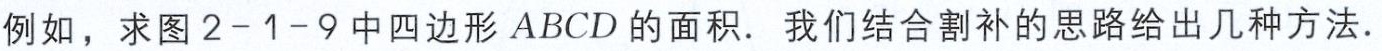
例如，求图 2-1-9 中四边形 \(ABCD\) 的面积．我们结合割补的思路给出几种方法．